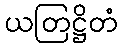
ယတြဋ္ဌိတံ